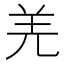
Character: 羌